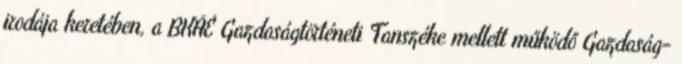
irodája keretében, a BKÁÉ Gazdaságtörténeti Tanszéke mellett működő Gazdaság-